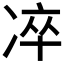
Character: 𠗚